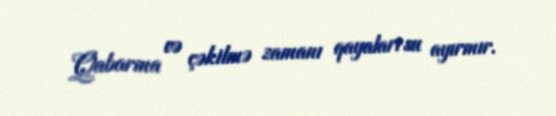
Qabarma və çəkilmə zamanı qayaları su ayırmır.